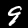
Digit: 9